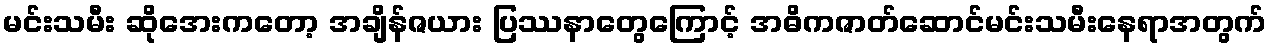
မင်းသမီး ဆိုအေးကတော့ အချိန်ဇယား ပြဿနာတွေကြောင့် အဓိကဇာတ်ဆောင်မင်းသမီးနေရာအတွက်